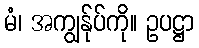
မံ၊ အကျွန်ုပ်ကို။ ဥပဋ္ဌာ